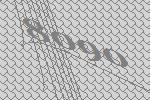
8090